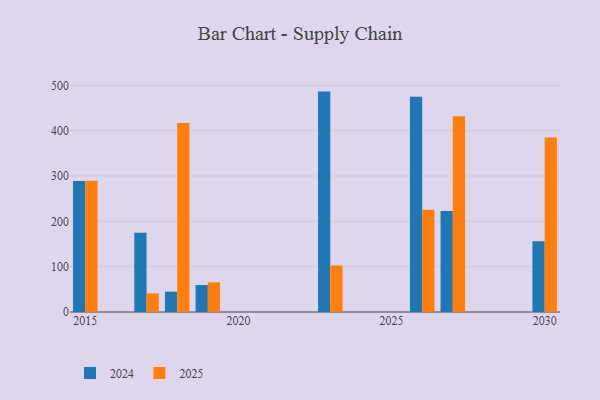
{"axis": {"x": "Year", "y": "Bounce Rate (%)"}, "legend": ["2024", "2025"], "data": [{"x": "2015", "y": 289.7, "type": "2025"}, {"x": "2015", "y": 289.1, "type": "2024"}, {"x": "2030", "y": 384.9, "type": "2025"}, {"x": "2030", "y": 156.0, "type": "2024"}, {"x": "2017", "y": 41.0, "type": "2025"}, {"x": "2017", "y": 174.7, "type": "2024"}, {"x": "2026", "y": 225.6, "type": "2025"}, {"x": "2026", "y": 474.8, "type": "2024"}, {"x": "2018", "y": 417.0, "type": "2025"}, {"x": "2018", "y": 44.9, "type": "2024"}, {"x": "2019", "y": 65.5, "type": "2025"}, {"x": "2019", "y": 59.5, "type": "2024"}, {"x": "2027", "y": 431.6, "type": "2025"}, {"x": "2027", "y": 223.0, "type": "2024"}, {"x": "2023", "y": 102.6, "type": "2025"}, {"x": "2023", "y": 486.2, "type": "2024"}]}